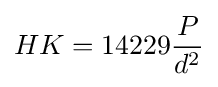
HK=14229{\frac {P}{d^{2}}}